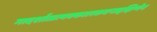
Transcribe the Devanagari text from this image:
गादर्शात्प्रत्यक्कालकवनाद्दक्षिणेन